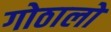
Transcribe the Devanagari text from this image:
गोठालो